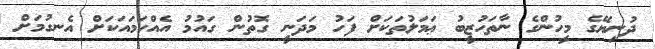
ދުނިޔޭގެ މީހުންގެ ނާތަހުޒީބު ޢަމަލުތަކަށް ފަހު މަދަނީ ގޮތުން ގައުމު އެއްހަމައަކަށް އެނގުމަށް